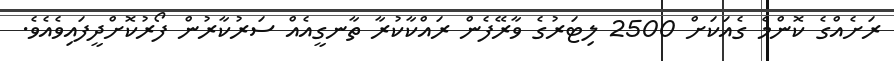
ރަށެއްގެ ކޮންމެ ގެއަކަށް 2500 ލިޓަރުގެ ވާރޭފެން ރައްކާކުރާ ތާނގީއެއް ސަރުކާރުން ފޯރުކޮށްދީފައިވެއެވެ.